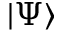
| \Psi \rangle